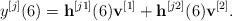
LaTeX: \begin{align*}{y^{[j]}}(6) = {{\bf{h}}^{[j1]}}(6){{\bf{v}}^{[1]}} + {{\bf{h}}^{[j2]}}(6){{\bf{v}}^{[2]}}.\end{align*}